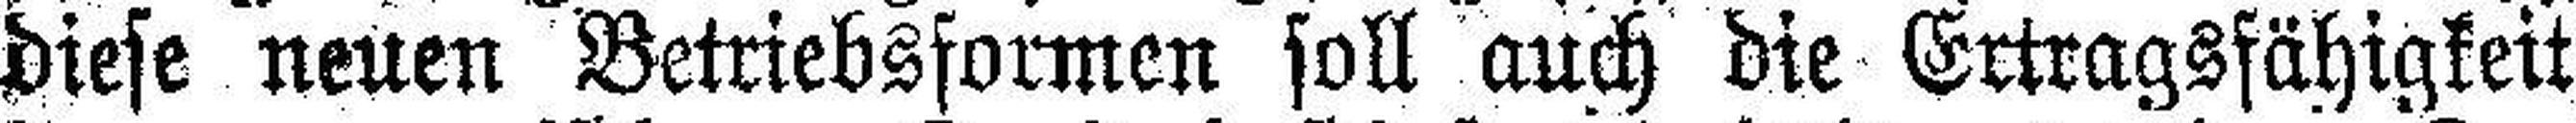
diese neuen Betriebsformen soll auch die Ertragsfähigkeit